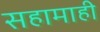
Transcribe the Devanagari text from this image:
सहामाही